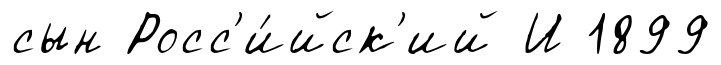
сын Росс'и́йск'ий И 1899